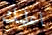
اعلمك